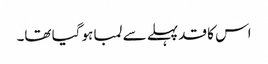
اس کا قد پہلے سے لمبا ہو گیا تھا۔